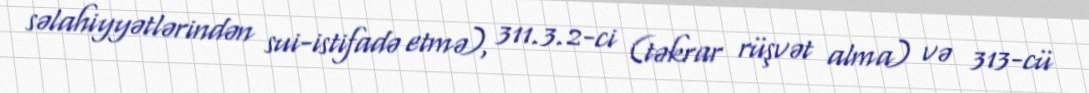
səlahiyyətlərindən sui-istifadə etmə), 311.3.2-ci (təkrar rüşvət alma) və 313-cü